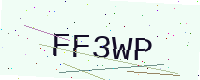
Text: FF3WP